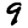
Digit: 9